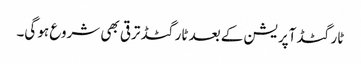
ٹارگٹڈ آپریشن کے بعد ٹارگٹڈ ترقی بھی شروع ہو گی۔